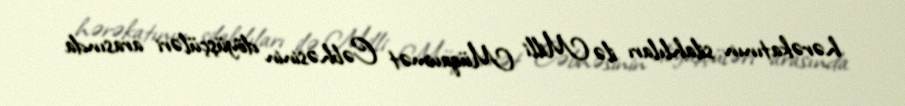
hərəkatının silahlıları ilə Milli Müqavimət Cəbhəsinin döyüşçüləri arasında